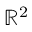
\mathbb { R } ^ { 2 }